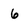
Character: 6